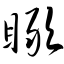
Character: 瞰